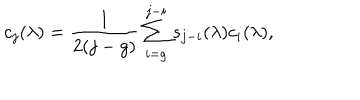
LaTeX: c _ { j } ( \lambda ) = { \frac { 1 } { 2 ( j - g ) } } \sum _ { i = g } ^ { j - i } s _ { j - i } ( \lambda ) c _ { i } ( \lambda ) ,